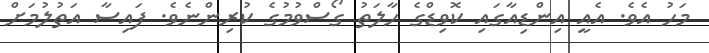
މަހު އެވެ. އެއީ އިންޑިއާގައި ކޮވިޑްގެ ހާލަތު ގޯސްވުމުގެ ކުރިންނެވެ. ފައިސާ އަތުލުމަށް